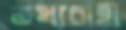
তথ্যবাহী